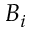
B _ { i }